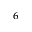
^ { 6 }